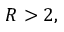
R > 2 ,